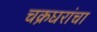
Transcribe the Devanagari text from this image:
चक्रघरांचा